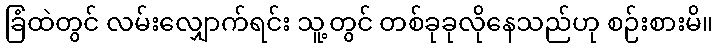
ခြံထဲတွင် လမ်းလျှောက်ရင်း သူ့တွင် တစ်ခုခုလိုနေသည်ဟု စဉ်းစားမိ။